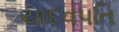
યાદવપતિ